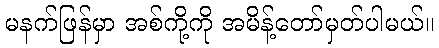
မနက်ဖြန်မှာ အစ်ကို့ကို အမိန့်တော်မှတ်ပါမယ်။